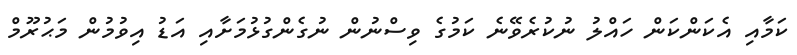
ކަމާއި އެކަންކަން ހައްލު ނުކުރެވޭނެ ކަމުގެ ވިސްނުން ނުގެންގުޅުމަށާއި އަޑު އިވުމުން މަޙުރޫމް